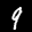
Label: 9